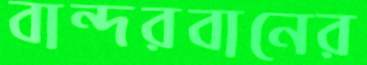
বান্দরবানের